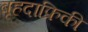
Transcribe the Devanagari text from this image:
बृहदाफ्रिकी